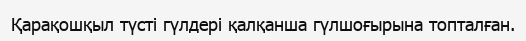
Қарақошқыл түсті гүлдері қалқанша гүлшоғырына топталған.